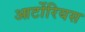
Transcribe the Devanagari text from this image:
आर्टोरियस